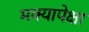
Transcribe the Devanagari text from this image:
मक्यापेक्षा